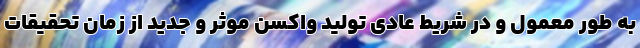
به طور معمول و در شریط عادی تولید واکسن موثر و جدید از زمان تحقیقات